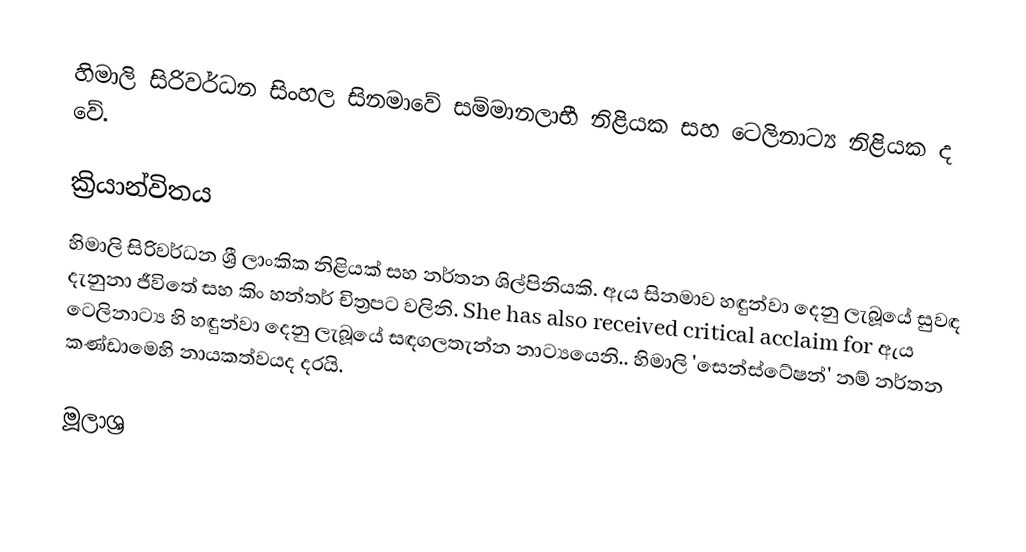
හිමාලි සිරිවර්ධන සිංහල සිනමාවේ සම්මානලාභී නිළියක සහ ටෙලිනාට්‍ය නිළියක ද වේ.

ක්‍රියාන්විතය
හිමාලි සිරිවර්ධන ශ්‍රී ලාංකික නිළියක් සහ නර්තන ශිල්පිනියකි. ඇය සිනමාව හඳුන්වා දෙනු ලැබූයේ සුවඳ දැනුනා ජීවිතේ සහ කිං හන්තර් චිත්‍රපට වලිනි. She has also received critical acclaim for ඇය ටෙලිනාට්‍ය හි හඳුන්වා දෙනු ලැබූයේ සඳගලතැන්න නාට්‍යයෙනි.. හිමාලි 'සෙන්ස්ටේෂන්' නම් නර්තන කණ්ඩාමෙහි නායකත්වයද දරයි.

මූලාශ්‍ර